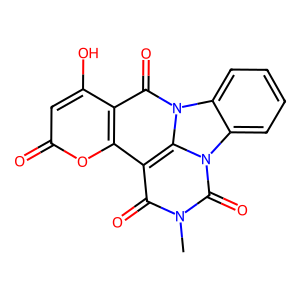
SMILES: Cn1c(=O)c2c3oc(=O)cc(O)c3c(=O)n3c2n(c1=O)-c1ccccc1-3
Inhibits HIV replication: No